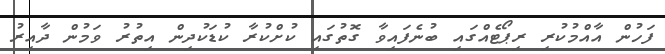
ފަހުން އާއްމުކުރި ރިޕޯޓެއްގައި ބުނެފައިވާ ގޮތުގައި ކުށްކުރާ ކުޑަކުދިން އިތުރު ވަމުން ދާއިރު